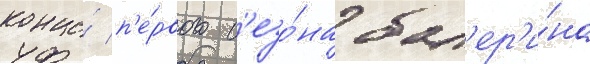
конце́ п'е́рвого с'езо́на бал'ер'и́на